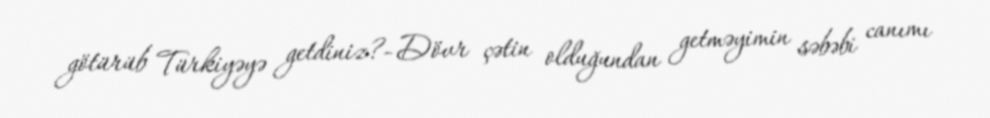
götürüb Türkiyəyə getdiniz?- Dövr çətin olduğundan getməyimin səbəbi canımı